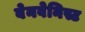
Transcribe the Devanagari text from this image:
बेनवेनिस्ट